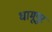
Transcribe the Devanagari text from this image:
धामूपुर